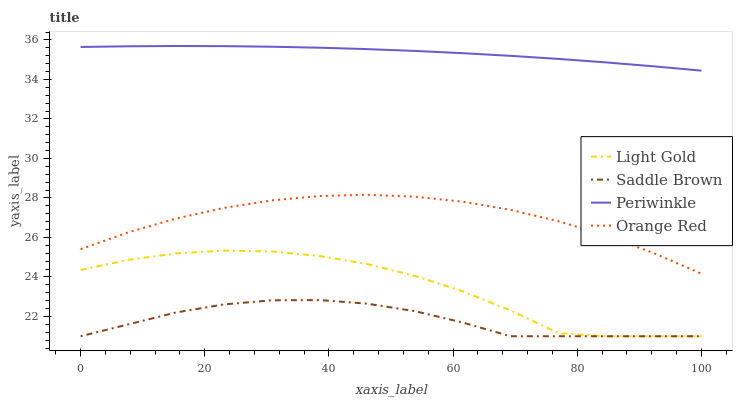
| xaxis_label | Light Gold | Saddle Brown | Periwinkle | Orange Red |
 | --- | --- | --- | --- | --- |
 | 0 | 24.4 | 21 | 35.6 | 25.4 |
 | 7.69 | 24.9 | 21.6 | 35.7 | 26.3 |
 | 15.4 | 25.2 | 22.2 | 35.7 | 27 |
 | 23.1 | 25.3 | 22.6 | 35.7 | 27.5 |
 | 30.8 | 25.3 | 22.8 | 35.7 | 27.9 |
 | 38.5 | 25.1 | 22.8 | 35.6 | 28.1 |
 | 46.2 | 24.7 | 22.6 | 35.5 | 28.2 |
 | 53.8 | 24.1 | 22.3 | 35.4 | 28.1 |
 | 61.5 | 23.3 | 21.7 | 35.3 | 27.8 |
 | 69.2 | 22.3 | 21 | 35.2 | 27.4 |
 | 76.9 | 21.2 | 21 | 35 | 26.8 |
 | 84.6 | 21 | 21 | 34.9 | 26.1 |
 | 92.3 | 21 | 21 | 34.7 | 25.2 |
 | 100 | 21 | 21 | 34.4 | 24.2 |